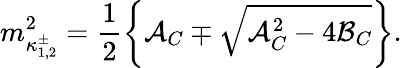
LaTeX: m_{\kappa_{1,2}^{\pm}}^{2}=\frac{1}{2}\bigg\{ {\cal A}_{C}\mp\sqrt{{\cal A}_{C}^{2}-4{\cal B}_{C}}\bigg\} .